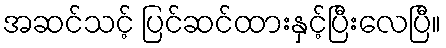
အဆင်သင့် ပြင်ဆင်ထားနှင့်ပြီးလေပြီ။